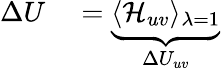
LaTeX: \begin{array}{rl}{\Delta U}&{{}=\underbrace{\langle\mathcal{H}_{uv}\rangle_{\lambda=1}}_{\Delta U_{uv}}}\end{array}